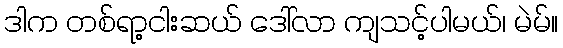
ဒါက တစ်ရာ့ငါးဆယ် ဒေါ်လာ ကျသင့်ပါမယ်၊ မဲမ်။